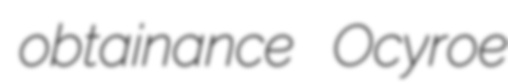
obtainance Ocyroe